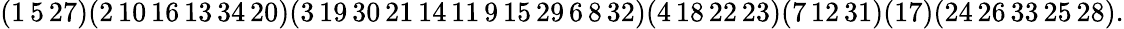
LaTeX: \begin{array}{r}{(1\thinspace 5\thinspace 27)(2\thinspace 10\thinspace 16\thinspace 13\thinspace 34\thinspace 20)(3\thinspace 19\thinspace 30\thinspace 21\thinspace 14\thinspace 11\thinspace 9\thinspace 15\thinspace 29\thinspace 6\thinspace 8\thinspace 32)(4\thinspace 18\thinspace 22\thinspace 23)(7\thinspace 12\thinspace 31)(17)(24\thinspace 26\thinspace 33\thinspace 25\thinspace 28).}\end{array}